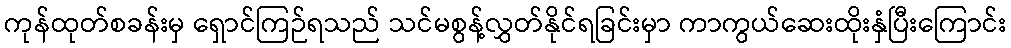
ကုန်ထုတ်စခန်းမှ ရှောင်ကြဉ်ရသည် သင်မစွန့်လွှတ်နိုင်ရခြင်းမှာ ကာကွယ်ဆေးထိုးနှံပြီးကြောင်း